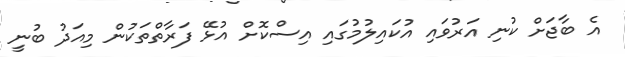
އެ ބާޖަށް ކުނި އަރުވައި އުކައިލުމުގައި އިސްކޮށް އުޅޭ ފަރާތްތަކުން މިއަދު ބުނީ